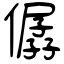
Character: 僝